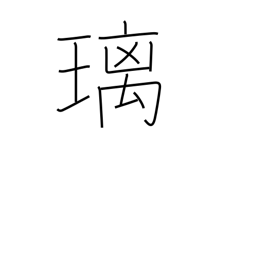
Meaning: lapis lazuli